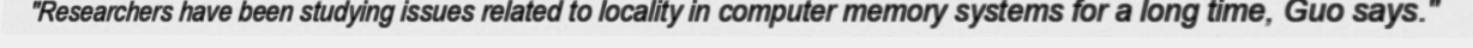
"Researchers have been studying issues related to locality in computer memory systems for a long time, Guo says."